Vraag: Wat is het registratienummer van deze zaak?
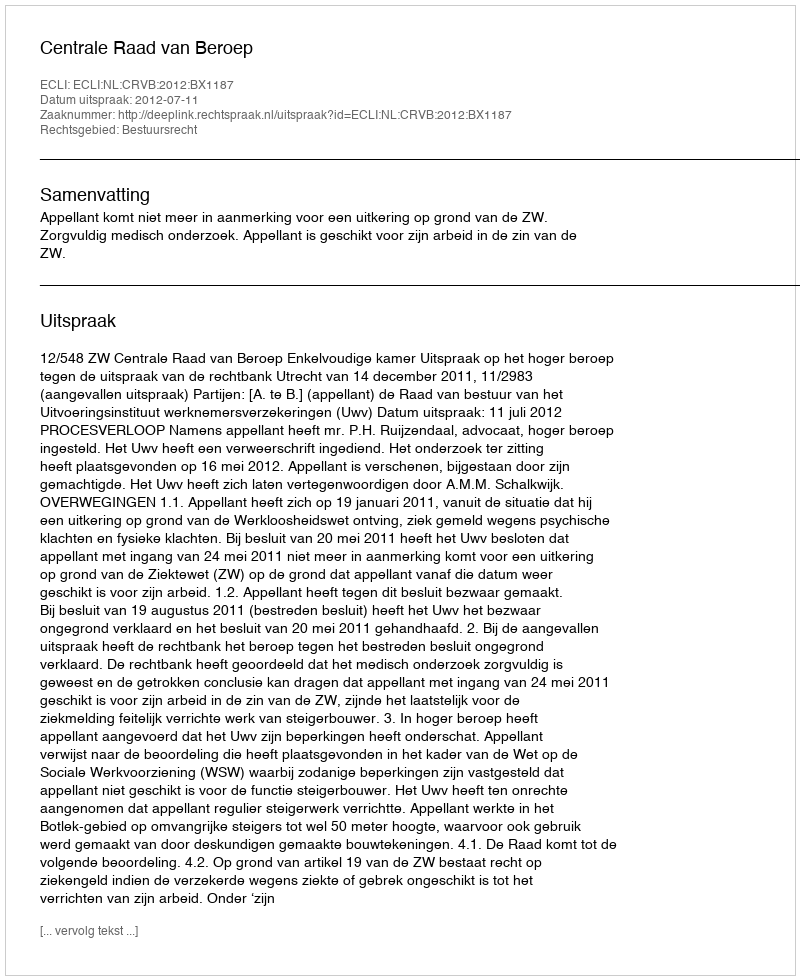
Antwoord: http://deeplink.rechtspraak.nl/uitspraak?id=ECLI:NL:CRVB:2012:BX1187